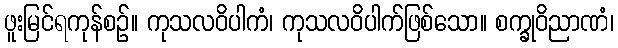
ဖူးမြင်ရကုန်စဉ်။ ကုသလဝိပါကံ၊ ကုသလဝိပါက်ဖြစ်သော။ စက္ခုဝိညာဏံ၊